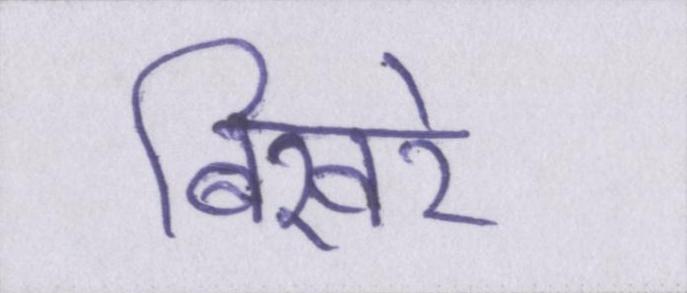
बिखरे